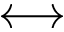
\longleftrightarrow